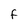
Character: F